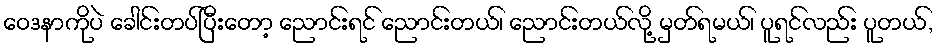
ဝေဒနာကိုပဲ ခေါင်းတပ်ပြီးတော့ ညောင်းရင် ညောင်းတယ်၊ ညောင်းတယ်လို့ မှတ်ရမယ်၊ ပူရင်လည်း ပူတယ်,